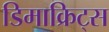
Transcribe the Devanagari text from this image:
डिमाक्रिट्स